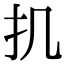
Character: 𢩫